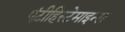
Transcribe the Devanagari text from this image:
एंटीहिस्टेमाइन्स